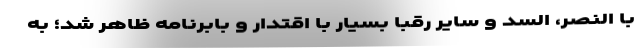
با النصر، السد و سایر رقبا بسیار با اقتدار و بابرنامه ظاهر شد؛ به‌